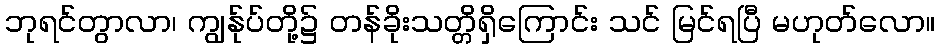
ဘုရင်တွာလာ၊ ကျွန်ုပ်တို့၌ တန်ခိုးသတ္တိရှိကြောင်း သင် မြင်ရပြီ မဟုတ်လော။